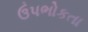
ઉપભોકતા